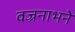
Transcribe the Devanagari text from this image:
वज्रनाभने